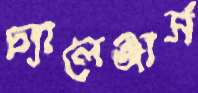
চ্যালেঞ্জার্স